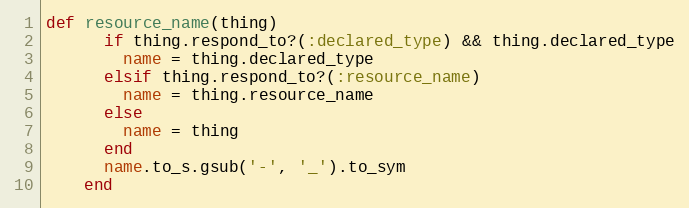
Language: Ruby
def resource_name(thing)
      if thing.respond_to?(:declared_type) && thing.declared_type
        name = thing.declared_type
      elsif thing.respond_to?(:resource_name)
        name = thing.resource_name
      else
        name = thing
      end
      name.to_s.gsub('-', '_').to_sym
    end